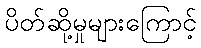
ပိတ်ဆို့မှုများကြောင့်